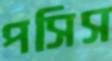
পসিস